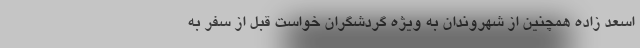
اسعد زاده همچنین از شهروندان به ویژه گردشگران خواست قبل از سفر به